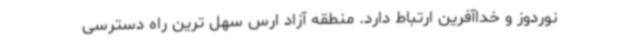
نوردوز و خداآفرین ارتباط دارد. منطقه آزاد ارس سهل ترین راه دسترسی